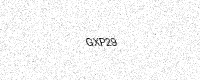
Text: GXP29